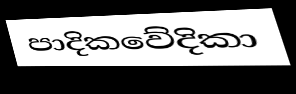
පාදිකවේදිකා